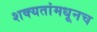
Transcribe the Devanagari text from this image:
शक्यतांमधूनच